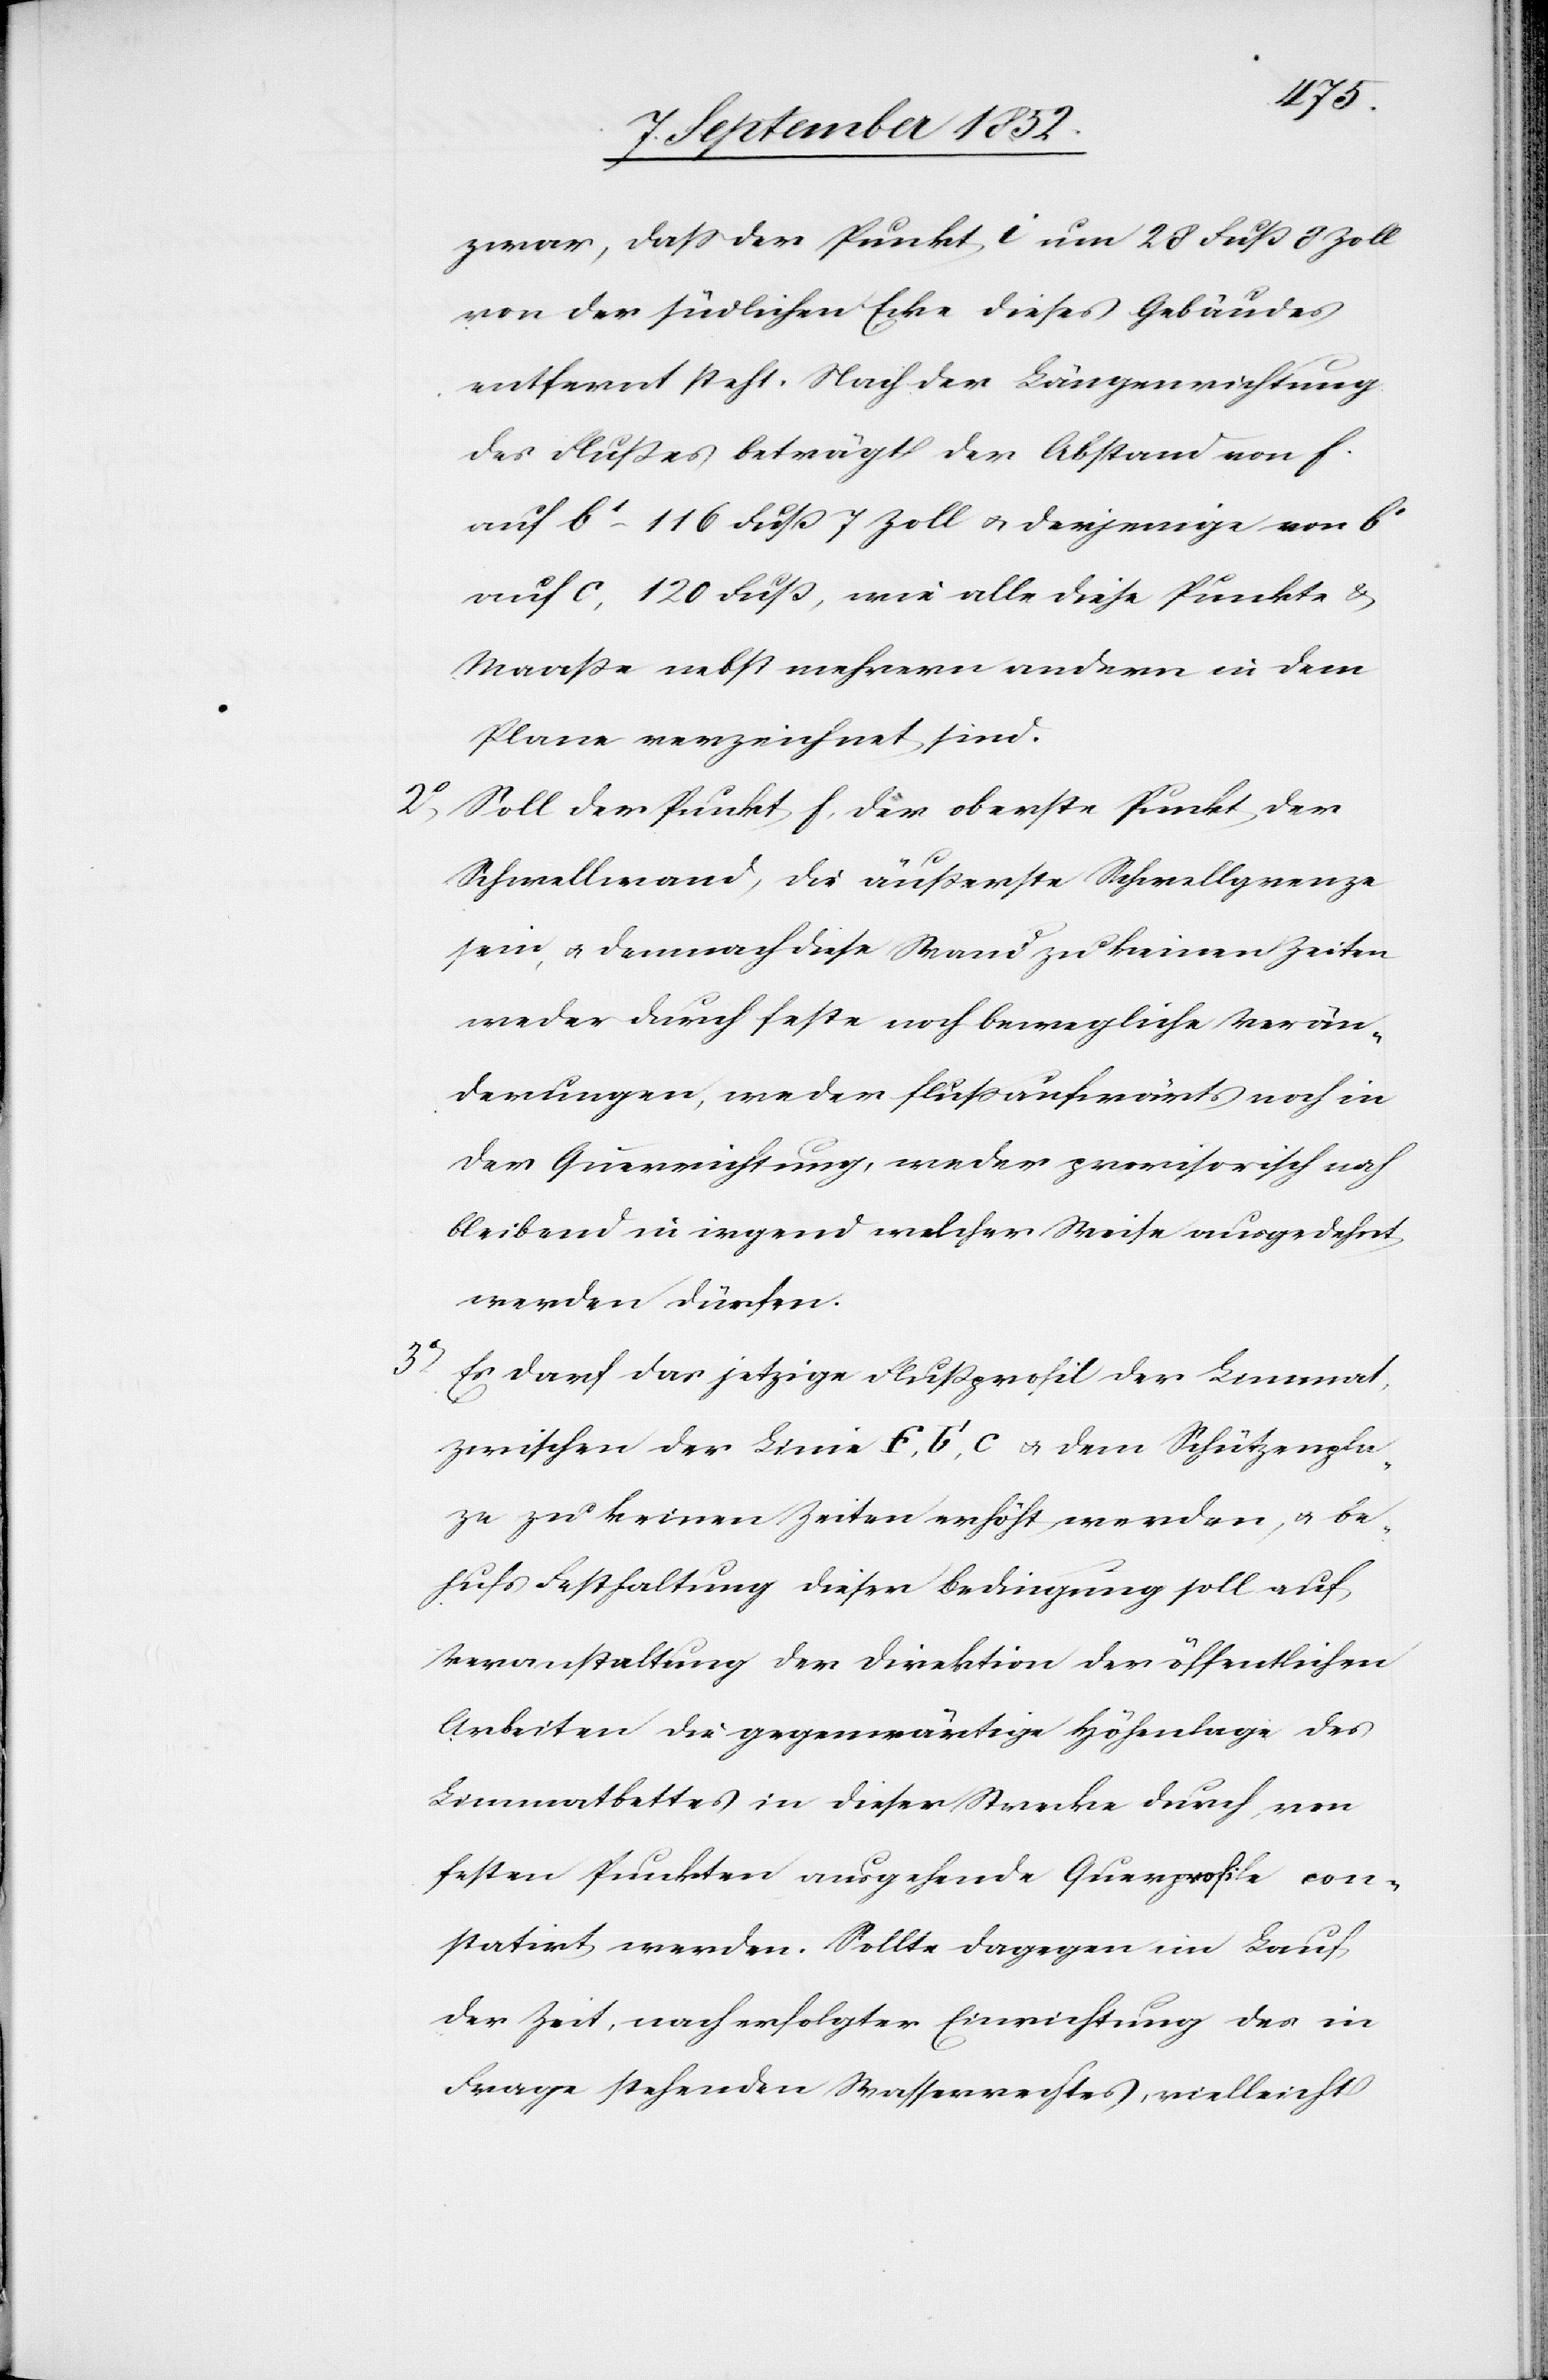
zwar, dass der Punkt i um 28 Fuß 8 Zoll
von der südlichen Ecke dieses Gebäudes
entfernt steht. Nach der Längenrichtung
des Flußes beträgt der Abstand von f.
auf b1 – 116 Fuß 7 Zoll & derjenige von b1
auf c, 120 Fuß, wie alle diese Punkte &
Maaße nebst mehrern andern in dem
Plane verzeichnet sind.
Soll der Punkt f, der oberste Punkt der
a[t]z¬
Schwellwand, die äußerste Schwellgrenze
sein, & demnach diese Wand zu keinen Zeiten
weder durch feste noch bewegliche Verän¬
derungen, weder flussaufwärts noch in
der Querrichtung, weder provisorisch noch
bleibend in irgend welcher Weise ausgedehnt
werden dürfen.
Es darf das jetzige Flußprofil der Limmat
zwischen der Linie f, b1, c & dem Schützenpl¬
e zu keinen Zeiten erhöht werden, & be¬
hufs Festhaltung dieser Bedingung soll auf
Veranstaltung der Direktion der öffentlichen
Arbeiten die gegenwärtige Höhenlage des
Limmatbettes in dieser Strecke durch, von
festen Punkten ausgehende Querprofile con¬
statirt werden. Sollte dagegen im Lauf
der Zeit, nach erfolgter Einrichtung des in
Frage stehenden Wasserrechtes, vielleicht